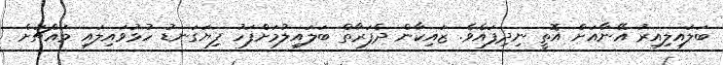
ބަލައިލިއިރު އޭނާއަށް އޮތީ ނިދިފައެވެ. ޒައިކާން ދެފަރާތް ބަލައިލުމަށްފަހު ފިޔަގަނޑު ހުޅުވައިލައި މައްޗަށް